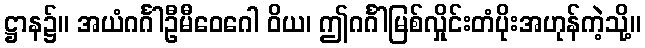
ဋ္ဌာန၌။ အယံဂင်္ဂါဦမီဝေဂေါ ဝိယ၊ ဤဂင်္ဂါမြစ်လှိုင်းတံပိုးအဟုန်ကဲ့သို့။